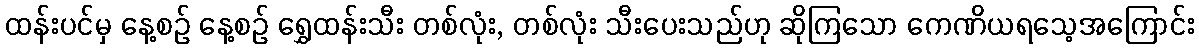
ထန်းပင်မှ နေ့စဉ် နေ့စဉ် ရွှေထန်းသီး တစ်လုံး, တစ်လုံး သီးပေးသည်ဟု ဆိုကြသော ကေဏိယရသေ့အကြောင်း